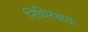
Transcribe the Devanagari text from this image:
निधिरक्षक